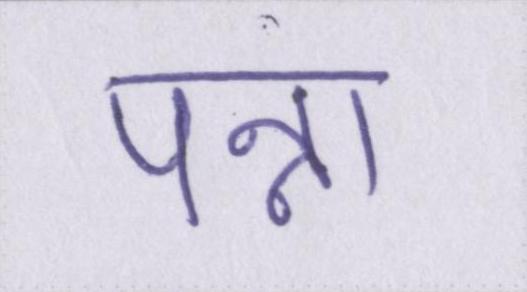
पन्ना